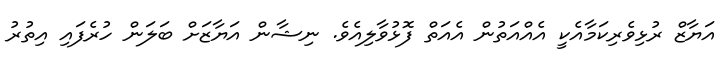
އަޔާޒް ރުޅިވެރިކަމާއެކީ އެއްއަތުން އެއަތް ފޮޅުވާލިއެވެ. ނިޝާން އަޔާޒަށް ބަލަން ހުރެފައި އިތުރު